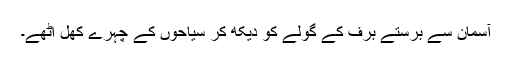
آسمان سے برستے برف کے گولے کو دیکھ کر سياحوں کے چہرے کھل اٹھے۔